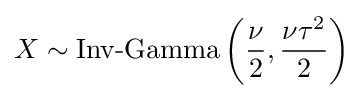
X\sim {\textrm {Inv-Gamma}}\left({\frac {\nu }{2}},{\frac {\nu \tau ^{2}}{2}}\right)